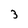
Character: 3